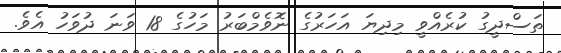
ތަސްދީގު ކުރެއްވީ މިދިޔަ އަހަރުގެ ނޮވެމްބަރު މަހުގެ 18 ވަނަ ދުވަހު އެވެ.